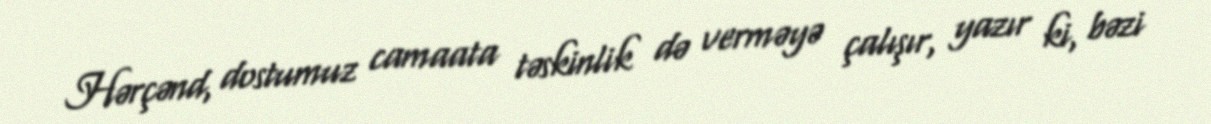
Hərçənd, dostumuz camaata təskinlik də verməyə çalışır, yazır ki, bəzi